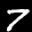
Label: 7